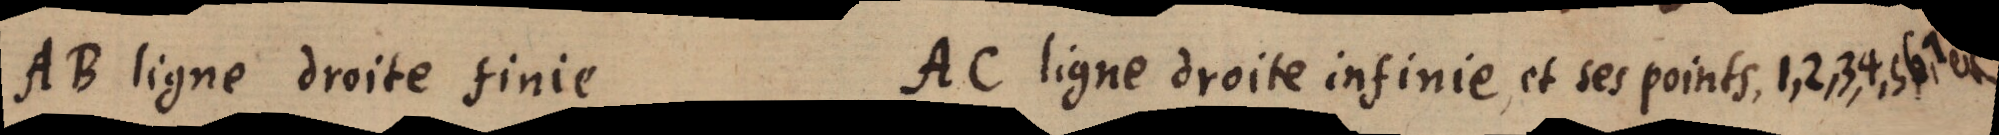
AB ligne droite finie AC ligne droite infinie et ses points. 1, 2, 3, 4, 5,6,7